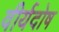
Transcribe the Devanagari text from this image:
वीर्यदोष